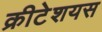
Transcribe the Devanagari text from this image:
क्रीटेशयस